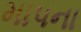
માપના